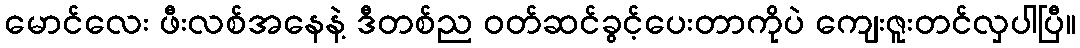
မောင်လေး ဖီးလစ်အနေနဲ့ ဒီတစ်ည ဝတ်ဆင်ခွင့်ပေးတာကိုပဲ ကျေးဇူးတင်လှပါပြီ။